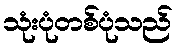
သုံးပုံတစ်ပုံသည်